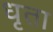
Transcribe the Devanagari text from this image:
धृता